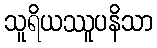
သူရိယဿူပနိသာ